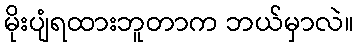
မိုးပျံရထားဘူတာက ဘယ်မှာလဲ။